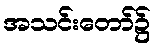
အသင်းတော်၌